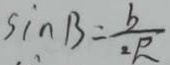
\sin B = \frac { b } { 2 R }